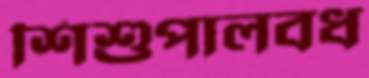
শিশুপালবধ